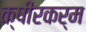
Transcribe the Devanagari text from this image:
क्षीरकर्म